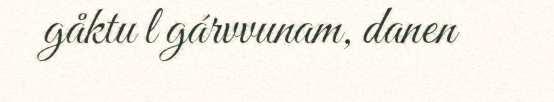
gåktu l gárvvunam, danen